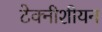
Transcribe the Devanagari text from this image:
टेक्नीशीयन